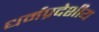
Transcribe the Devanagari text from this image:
धर्मप्रदेशीय